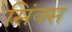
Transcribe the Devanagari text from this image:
सिंक्स